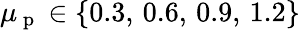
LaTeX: \mu_{\mathrm{~p~}}\in\{ 0.3,\, 0.6,\, 0.9,\, 1.2\}